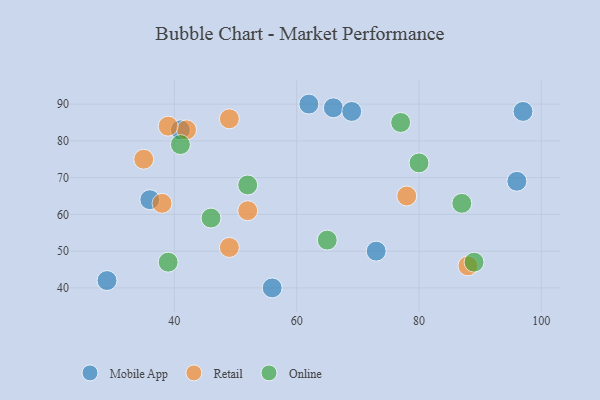
{"axis": {"x": "GDP", "y": "Life Expectancy"}, "legend": ["Mobile App", "Online", "Retail"], "data": [{"x": "29", "y": 42, "type": "Mobile App"}, {"x": "36", "y": 64, "type": "Mobile App"}, {"x": "73", "y": 50, "type": "Mobile App"}, {"x": "56", "y": 40, "type": "Mobile App"}, {"x": "41", "y": 83, "type": "Mobile App"}, {"x": "96", "y": 69, "type": "Mobile App"}, {"x": "66", "y": 89, "type": "Mobile App"}, {"x": "62", "y": 90, "type": "Mobile App"}, {"x": "69", "y": 88, "type": "Mobile App"}, {"x": "97", "y": 88, "type": "Mobile App"}, {"x": "49", "y": 51, "type": "Retail"}, {"x": "38", "y": 63, "type": "Retail"}, {"x": "49", "y": 86, "type": "Retail"}, {"x": "42", "y": 83, "type": "Retail"}, {"x": "52", "y": 61, "type": "Retail"}, {"x": "78", "y": 65, "type": "Retail"}, {"x": "88", "y": 46, "type": "Retail"}, {"x": "35", "y": 75, "type": "Retail"}, {"x": "39", "y": 84, "type": "Retail"}, {"x": "46", "y": 59, "type": "Online"}, {"x": "87", "y": 63, "type": "Online"}, {"x": "41", "y": 79, "type": "Online"}, {"x": "65", "y": 53, "type": "Online"}, {"x": "39", "y": 47, "type": "Online"}, {"x": "77", "y": 85, "type": "Online"}, {"x": "52", "y": 68, "type": "Online"}, {"x": "89", "y": 47, "type": "Online"}, {"x": "80", "y": 74, "type": "Online"}]}